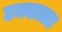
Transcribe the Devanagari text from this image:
टक्सत्ला